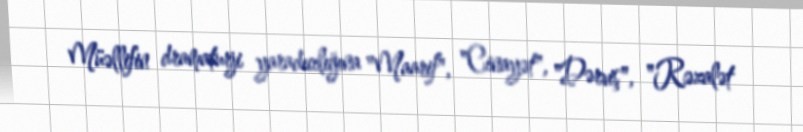
Müəllifin dramaturji yaradıcılığına "Maarif", "Cinayət", "Dərviş", "Rəzalət